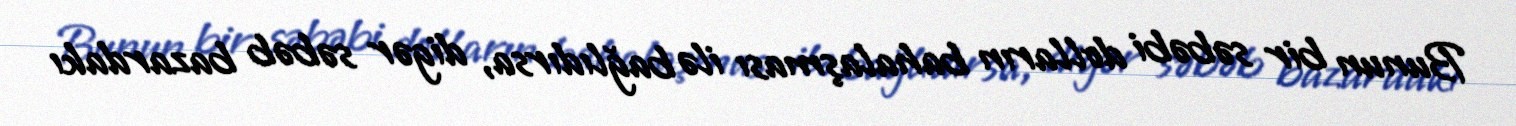
Bunun bir səbəbi dolların bahalaşması ilə bağlıdırsa, digər səbəb bazardakı